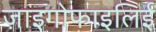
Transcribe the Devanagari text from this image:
ज़ाइगोफाइलिई